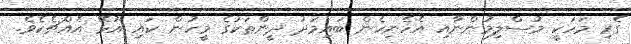
ގެރި މަހަކީ މުސްލިމުންނާއި އެހެނިހެން ބައިމަދު ދީންތަކުގެ މީހުން ކައި އުޅޭ އެއްޗެކެވެ.